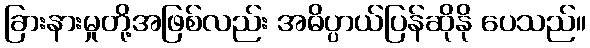
ခြားနားမှုတို့အဖြစ်လည်း အဓိပ္ပာယ်ပြန်ဆိုနို ပေသည်။